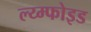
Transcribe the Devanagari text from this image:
ल्य्म्फोइड